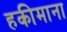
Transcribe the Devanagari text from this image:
हकीमाना